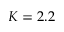
K = 2 . 2